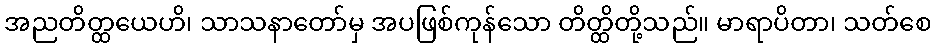
အညတိတ္ထယေဟိ၊ သာသနာတော်မှ အပဖြစ်ကုန်သော တိတ္ထိတို့သည်။ မာရာပိတာ၊ သတ်စေ